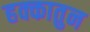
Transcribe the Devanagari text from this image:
हक्कातुन